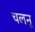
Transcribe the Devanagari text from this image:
चलनु